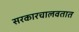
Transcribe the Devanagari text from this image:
सरकारचालवतात